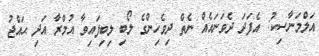
އަލްމަނާސިކު: އެފަދަ ދެވަނައެއް ނެތް ދިވެހިންގެ ލޯބި ލިބިފައިވާ އުމްރާ އަދި ޙައްޖު